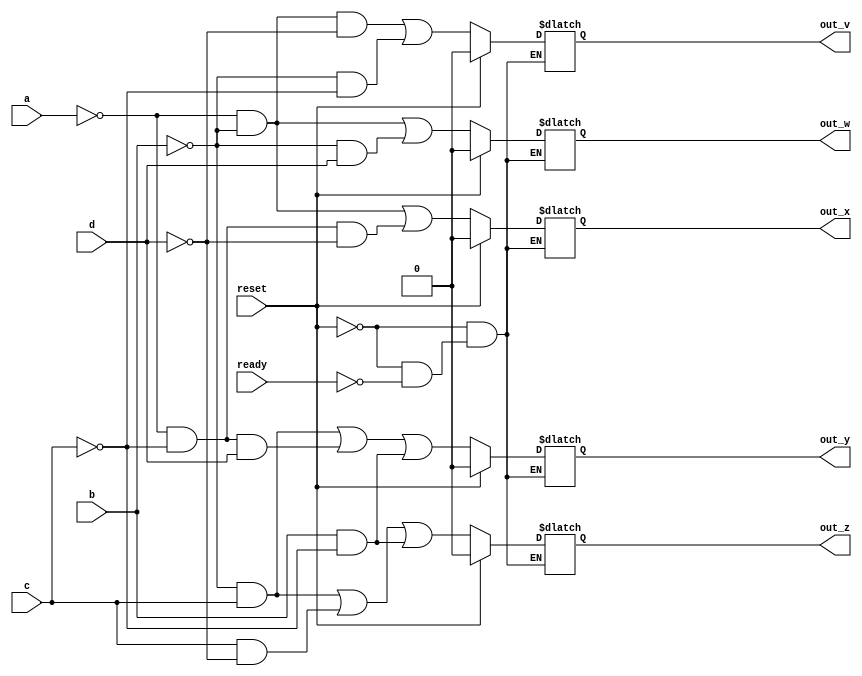
module numero(a, b, c, d, out_v, out_w, out_x, out_y, out_z, reset, ready); //declarao do mdulo
	
	//out_v: A'B'D' + B'C'
	//out_w: A'B' +  B'D
	//out_x: A'B' + A'C'D'
	//out_y: B'C + A'C'D + BC'
	//out_z: B'C + CD' + BC'
	
	
	
	input wire reset, ready;
	//Entrada de 4 bits (a, b, c, d)
	input wire a, b, c, d;
	//wires do circuito: v
	output reg out_v, out_w, out_x, out_y, out_z; //saida
	
	
	
	always @ (a, b, c, d) begin
	    if(reset) begin
	        out_v = 0;
	        out_w = 0;
	        out_x = 0;
	        out_y = 0;
	        out_z = 0;
	   end
	   else if (ready) begin
	        //equao booleana
	        out_v = (~a & ~b & ~d) | (~b & ~c);
	        out_w = (~a & ~b) | (~b & d);
	        out_x = (~a & ~b) | (~a & ~c & ~d);
	        out_y = (~b & c) | (~a & ~c & d) | (b & ~c);
	        out_z = (~b & c) | (c & ~d) | (b & ~c);
	   end
	
	
	end
endmodule